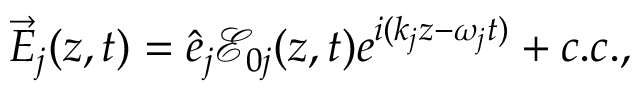
\vec { E } _ { j } ( z , t ) = \hat { e } _ { j } \mathcal E _ { 0 j } ( z , t ) e ^ { i ( k _ { j } z - \omega _ { j } t ) } + c . c . ,